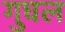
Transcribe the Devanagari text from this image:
गुघल